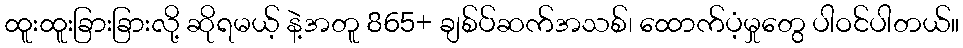
ထူးထူးခြားခြားလို့ ဆိုရမယ့် နဲ့အတူ 865+ ချစ်ပ်ဆက်အသစ်၊ ထောက်ပံ့မှုတွေ ပါဝင်ပါတယ်။